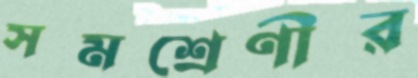
সমশ্রেণীর